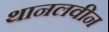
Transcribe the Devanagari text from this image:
थानलवीन